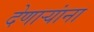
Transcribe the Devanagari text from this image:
देणार्‍यांना